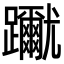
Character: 𨇳